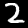
Digit: 2